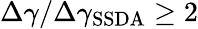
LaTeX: \Delta\gamma/\Delta\gamma_{\mathrm{SSDA}}\geq 2